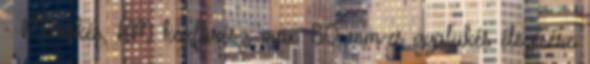
- Marókés, HM körfürész, max. 80 mm-es gyalukés élezésére